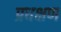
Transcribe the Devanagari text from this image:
प्रधक्षण